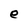
Character: e